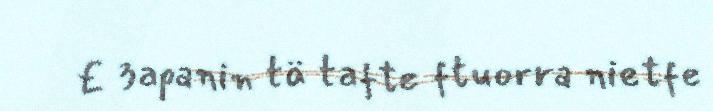
£ 3apanin tä tafte ftuorra nietfe